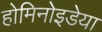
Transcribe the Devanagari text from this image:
होमिनोइडेया